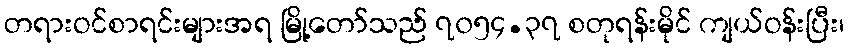
တရားဝင်စာရင်းများအရ မြို့တော်သည် ၇၀၅၄.၃၇ စတုရန်းမိုင် ကျယ်ဝန်းပြီး၊